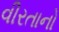
વીરતાનો